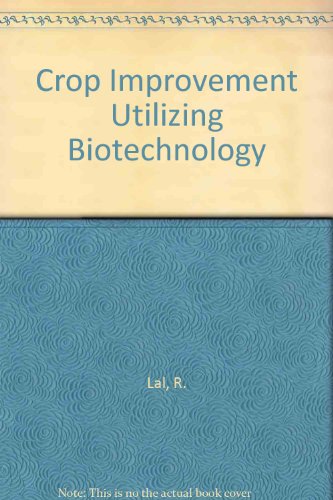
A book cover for Crop Improvement Utilizing Biotechnology; Rup Lal; Health, Fitness & Dieting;